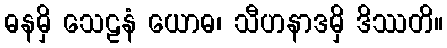
ဓနမှိ သေဠနံ ယောဓ၊ သီဟနာဒမှိ ဒိဿတိ။